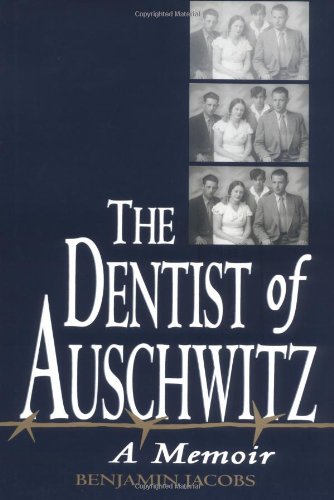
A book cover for The Dentist of Auschwitz: A Memoir; Benjamin Jacobs; Biographies & Memoirs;